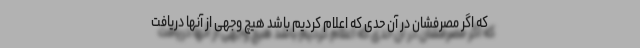
که اگر مصرفشان در آن حدی که اعلام کردیم باشد هیچ وجهی از آنها دریافت